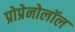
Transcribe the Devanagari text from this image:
प्रोप्रेनोलॉल